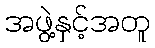
အဖွဲ့နှင့်အတူ